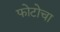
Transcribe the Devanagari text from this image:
फोटोचा